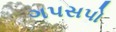
ગપસપો